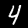
Digit: 4